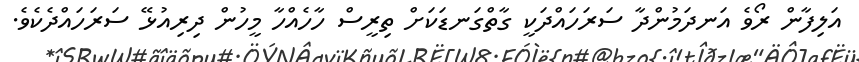
އަލިފާން ރޯވެ އަނދަމުންދާ ސަރަހައްދަކީ ގާތްގަނޑަކަށް ތިރީސް ހާހެއްހާ މީހުން ދިރިއުޅޭ ސަރަހައްދެކެވެ.